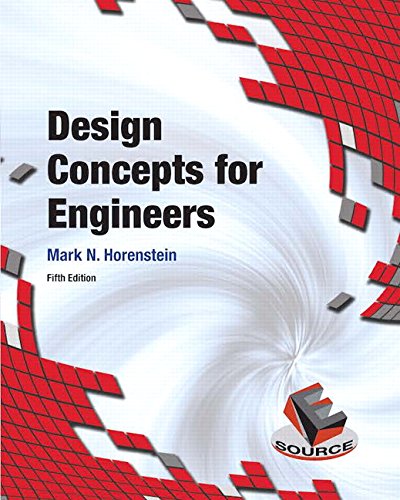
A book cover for Design Concepts for Engineers (5th Edition); Mark N. Horenstein; Engineering & Transportation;